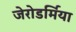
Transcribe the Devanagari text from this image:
जेरोडर्मिया